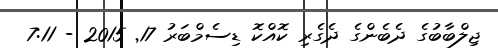
ޖިލްބާބުގެ ދެބެންގެ ދެގެރި ކޮއްކޮ ޑިސެމްބަރު 17